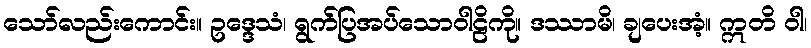
သော်လည်းကောင်း။ ဥဒ္ဒေသံ၊ ရွက်ပြအပ်သောဝါဠိကို။ ဒဿာမိ၊ ချပေးအံ့။ ဣတိ ဝါ၊